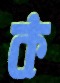
ক